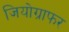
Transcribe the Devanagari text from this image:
जियोग्राफर